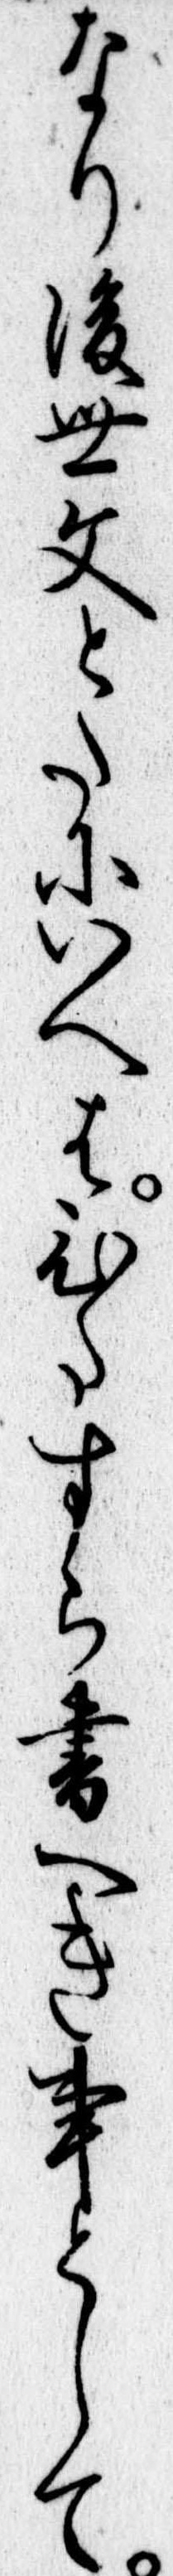
なり後世文とたにいへはひたすら書へき事として